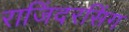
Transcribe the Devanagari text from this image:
राजिंदरसिंग